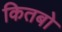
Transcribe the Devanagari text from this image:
कितबो